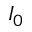
I _ { 0 }